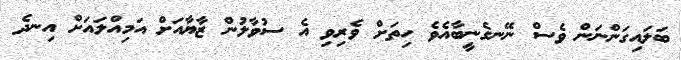
ބަލައިގަންނަން ވެސް ނޭނގެނީބާއެވެ ހިތަށް ވެރިވި އެ ސުވާލުން ޒާޔާއަށް އަމިއްލައަށް އިނދެ